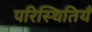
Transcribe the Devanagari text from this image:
परिस्थितियँ